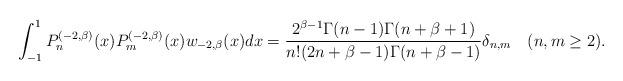
LaTeX: \begin{align*}\int_{-1}^{1}P_{n}^{(-2,\beta)}(x)P_{m}^{(-2,\beta)}(x)w_{-2,\beta}(x)dx=\frac{2^{\beta-1}\Gamma(n-1)\Gamma(n+\beta+1)}{n!(2n+\beta-1)\Gamma(n+\beta-1)}\delta_{n,m}\quad(n,m\geq2).\end{align*}